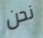
نحن